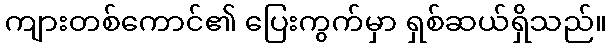
ကျားတစ်ကောင်၏ ပြေးကွက်မှာ ရှစ်ဆယ်ရှိသည်။